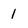
Character: 1